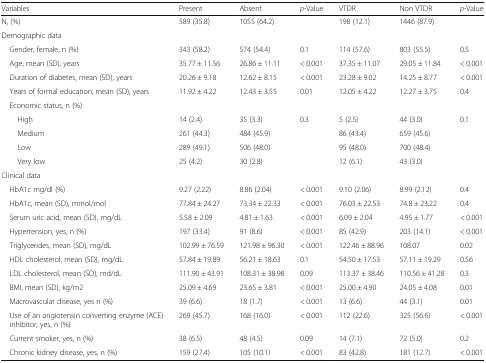
<table><thead><tr><td><b>Variables</b></td><td><b>Present</b></td><td><b>Absent</b></td><td><b><i>p</i>-Value</b></td><td><b>VTDR</b></td><td><b>Non VTDR</b></td><td><b><i>p</i>-Value</b></td></tr></thead><tbody><tr><td>N, (%)</td><td>589 (35.8)</td><td>1055 (64.2)</td><td></td><td>198 (12.1)</td><td>1446 (87.9)</td><td></td></tr><tr><td colspan="7">Demographic data</td></tr><tr><td> Gender, female, n (%)</td><td>343 (58.2)</td><td>574 (54.4)</td><td>0.1</td><td>114 (57.6)</td><td>803 (55.5)</td><td>0.5</td></tr><tr><td> Age, mean (SD), years</td><td>35.77 ± 11.56</td><td>26.86 ± 11.11</td><td>&lt; 0.001</td><td>37.35 ± 11.07</td><td>29.05 ± 11.84</td><td>&lt; 0.001</td></tr><tr><td> Duration of diabetes, mean (SD), years</td><td>20.26 ± 9.18</td><td>12.62 ± 8.15</td><td>&lt; 0.001</td><td>23.28 ± 9.02</td><td>14.25 ± 8.77</td><td>&lt; 0.001</td></tr><tr><td> Years of formal education, mean (SD), years</td><td>11.92 ± 4.22</td><td>12.43 ± 3.55</td><td>0.01</td><td>12.05 ± 4.22</td><td>12.27 ± 3.75</td><td>0.4</td></tr><tr><td colspan="7"> Economic status, n (%)</td></tr><tr><td>High</td><td>14 (2.4)</td><td>35 (3.3)</td><td rowspan="4">0.3</td><td>5 (2.5)</td><td>44 (3.0)</td><td rowspan="4">0.1</td></tr><tr><td>Medium</td><td>261 (44.3)</td><td>484 (45.9)</td><td>86 (43.4)</td><td>659 (45.6)</td></tr><tr><td>Low</td><td>289 (49.1)</td><td>506 (48.0)</td><td>95 (48.0)</td><td>700 (48.4)</td></tr><tr><td>Very low</td><td>25 (4.2)</td><td>30 (2.8)</td><td>12 (6.1)</td><td>43 (3.0)</td></tr><tr><td colspan="7">Clinical data</td></tr><tr><td> HbA1c mg/dl (%)</td><td>9.27 (2.22)</td><td>8.86 (2.04)</td><td>&lt; 0.001</td><td>9.10 (2.06)</td><td>8.99 (2.12)</td><td>0.4</td></tr><tr><td> HbA1c, mean (SD), mmol/mol</td><td>77.84 ± 24.27</td><td>73.34 ± 22.33</td><td>&lt; 0.001</td><td>76.03 ± 22.53</td><td>74.8 ± 23.22</td><td>0.4</td></tr><tr><td> Serum uric acid, mean (SD), mg/dL</td><td>5.58 ± 2.09</td><td>4.81 ± 1.63</td><td>&lt; 0.001</td><td>6.09 ± 2.04</td><td>4.95 ± 1.77</td><td>&lt; 0.001</td></tr><tr><td> Hypertension, yes, n (%)</td><td>197 (33.4)</td><td>91 (8.6)</td><td>&lt; 0.001</td><td>85 (42.9)</td><td>203 (14.1)</td><td>&lt; 0.001</td></tr><tr><td> Triglycerides, mean (SD), mg/dL</td><td>102.99 ± 76.59</td><td>121.98 ± 96.30</td><td>&lt; 0.001</td><td>122.46 ± 88.96</td><td>108.07</td><td>0.02</td></tr><tr><td> HDL cholesterol, mean (SD), mg/dL</td><td>57.84 ± 19.89</td><td>56.21 ± 18.63</td><td>0.1</td><td>54.50 ± 17.53</td><td>57.11 ± 19.29</td><td>0.56</td></tr><tr><td> LDL cholesterol, mean (SD), md/dL</td><td>111.90 ± 43.91</td><td>108.31 ± 38.98</td><td>0.09</td><td>113.37 ± 38.46</td><td>110.56 ± 41.28</td><td>0.3</td></tr><tr><td> BMI, mean (SD), kg/m2</td><td>25.09 ± 4.69</td><td>23.65 ± 3.81</td><td>&lt; 0.001</td><td>25.00 ± 4.90</td><td>24.05 ± 4.08</td><td>0.01</td></tr><tr><td> Macrovascular disease, yes n (%)</td><td>39 (6.6)</td><td>18 (1.7)</td><td>&lt; 0.001</td><td>13 (6.6)</td><td>44 (3.1)</td><td>0.01</td></tr><tr><td> Use of an angiotensin converting enzyme (ACE) inhibitor, yes, n (%)</td><td>269 (45.7)</td><td>168 (16.0)</td><td>&lt; 0.001</td><td>112 (22.6)</td><td>325 (56.6)</td><td>&lt; 0.001</td></tr><tr><td> Current smoker, yes, n (%)</td><td>38 (6.5)</td><td>48 (4.5)</td><td>0.09</td><td>14 (7.1)</td><td>72 (5.0)</td><td>0.2</td></tr><tr><td> Chronic kidney disease, yes, n (%)</td><td>159 (27.4)</td><td>105 (10.1)</td><td>&lt; 0.001</td><td>83 (42.8)</td><td>181 (12.7)</td><td>&lt; 0.001</td></tr></tbody></table>